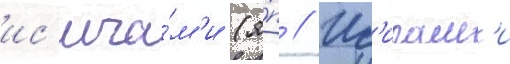
ис'ига́м'и (я́п // Ис'игам'и